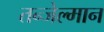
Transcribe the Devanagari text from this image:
तन्जेल्मान